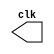
`timescale 1ns/10ps

module clock(
	output reg clk
);

	initial clk = 1;
	
	always #5 clk = ~clk;
	
endmodule